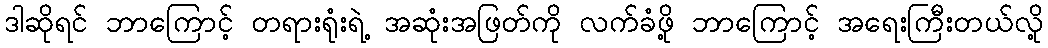
ဒါဆိုရင် ဘာကြောင့် တရားရုံးရဲ့ အဆုံးအဖြတ်ကို လက်ခံဖို့ ဘာကြောင့် အရေးကြီးတယ်လို့